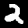
Label: 2